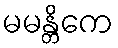
မမန္တိကေ